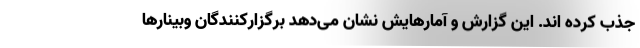
جذب کرده اند. این گزارش و آمارهایش نشان می‌دهد برگزارکنندگان وبینارها